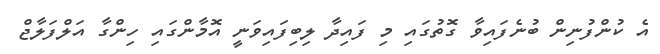
އެ ކުންފުނިން ބުނެފައިވާ ގޮތުގައި މި ފައިދާ ލިބިފައިވަނީ އޮމާންގައި ހިންގާ އަލްފަލާޖް